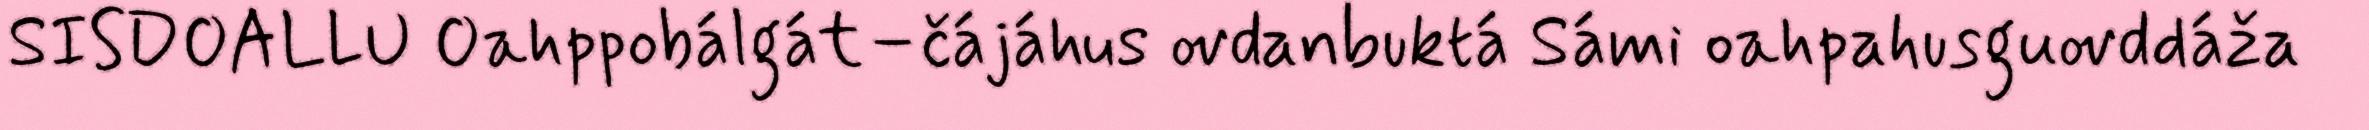
SISDOALLU Oahppobálgát–čájáhus ovdanbuktá Sámi oahpahusguovddáža